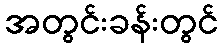
အတွင်းခန်းတွင်